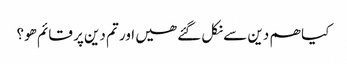
کیا ھم دین سے نکل گئے ھیں اور تم دین پر قائم ھو؟